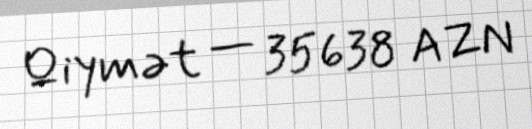
Qiymət — 35638 AZN